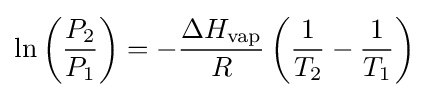
\ln \left({\frac {P_{2}}{P_{1}}}\right)=-{\frac {\Delta H_{\rm {vap}}}{R}}\left({\frac {1}{T_{2}}}-{\frac {1}{T_{1}}}\right)